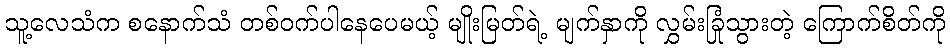
သူ့လေသံက စနောက်သံ တစ်ဝက်ပါနေပေမယ့် မျိုးမြတ်ရဲ့ မျက်နှာကို လွှမ်းခြုံသွားတဲ့ ကြောက်စိတ်ကို